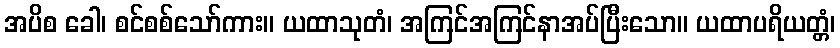
အပိစ ခေါ၊ စင်စစ်သော်ကား။ ယထာသုတံ၊ အကြင်အကြင်နာအပ်ပြီးသော။ ယထာပရိယတ္တံ၊